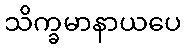
သိက္ခမာနာယပေ